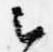
云